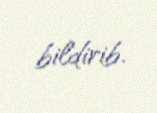
bildirib.